Annual report of the Bengal Veterinary College and of the Civil Veterinary Department, Bengal, for the year 1899-1900 - 1899-1900
Year: 1899
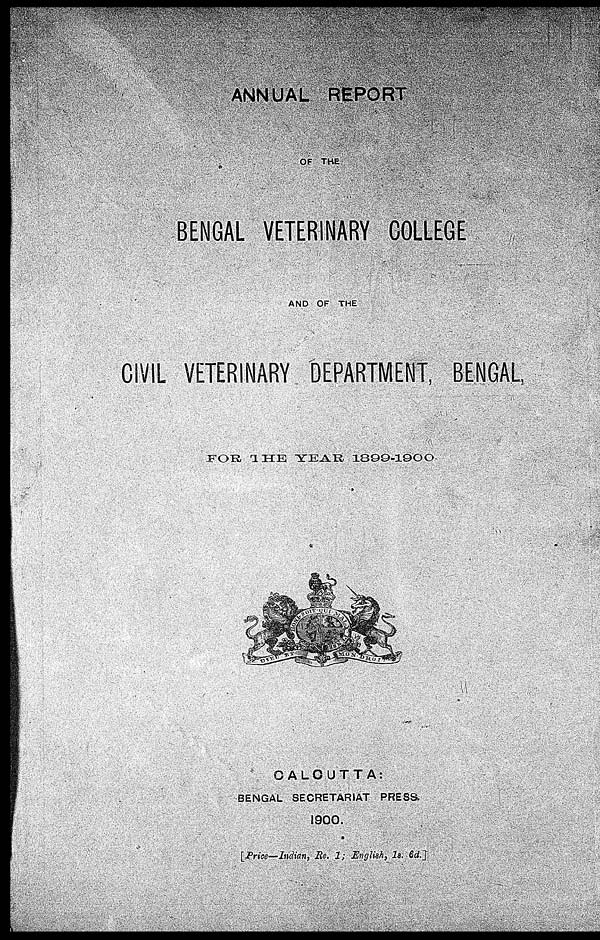
ANNUAL REPORT
OF THE
BENGAL VETERINARY COLLEGE
AND OF THE
CIVIL VETERINARY DEPARTMENT, BENGAL.
FOR
THE
YEAR
1899-1900
CALCUTTA:
BENGAL SECRETARIAT PRESS.
1900.
[Price—Indian, Re. 1; English, 7s. 6d.]